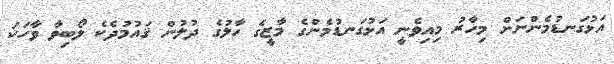
އަޅުގަނޑުމެންނަށް މިހާރު މިއިވެނީ އަޅުގަނޑުމެންގެ މާޒީގެ ހާލުގެ ދުލުން ޤައުމުދެކެ ލޯބިވާ ވާހަކަ